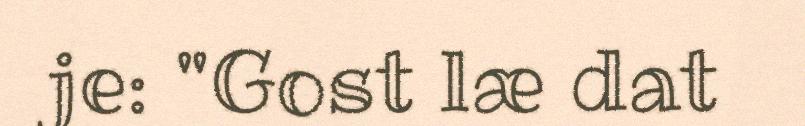
je: "Gost læ dat